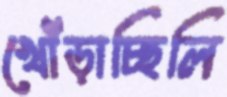
খোঁড়াচ্ছিলি